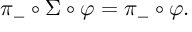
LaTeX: \pi _ { - } \circ \Sigma \circ \varphi = \pi _ { - } \circ \varphi .